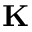
\mathbf { K }